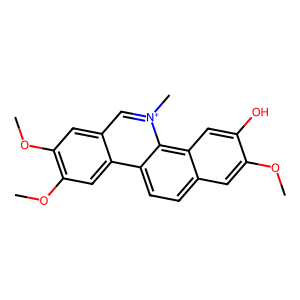
SMILES: COc1cc2ccc3c4cc(OC)c(OC)cc4c[n+](C)c3c2cc1O
Inhibits HIV replication: No